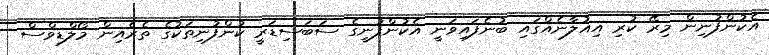
އެކުންފުނިން މިރޭ ކުރި އިއުލާނެއްގައި ބުނެފައިވަނީ އެކުންފުނީގެ ސަބަސިޑަރީ ކުންފުނިތަކުގެ ތެރެއިން މޯލްޑިވްސް